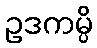
ဥဒကမ္ပိ